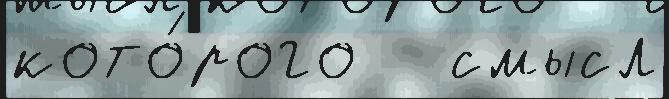
кото́рого   смысл